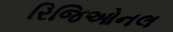
રિજિઓનલ